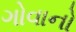
ગોવાનો